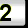
Digit: 2